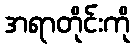
အရာတိုင်းကို